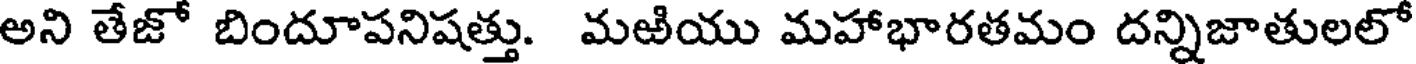
అని తేజో బిందూపనిషత్తు. మఱియు మహాభారతమం దన్నిజాతులలో